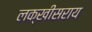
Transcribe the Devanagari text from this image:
लक्खीसराय